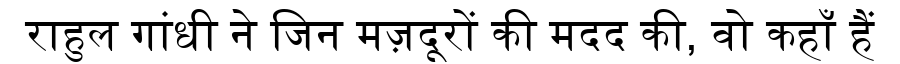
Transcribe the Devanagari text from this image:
राहुल गांधी ने जिन मज़दूरों की मदद की, वो कहाँ हैं